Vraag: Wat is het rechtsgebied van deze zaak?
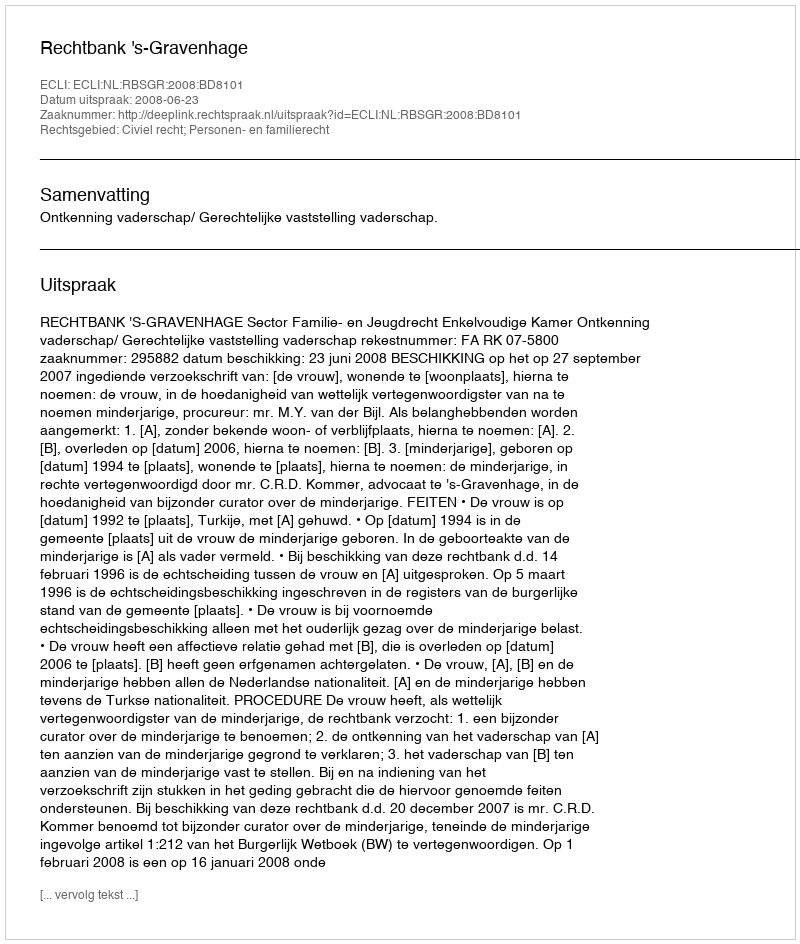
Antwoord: Civiel recht; Personen- en familierecht